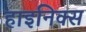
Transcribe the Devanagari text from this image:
हाइनिक्स